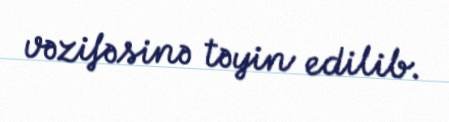
vəzifəsinə təyin edilib.